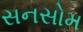
સનસોમ